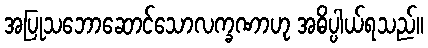
အပြုသဘောဆောင်သောလက္ခဏာဟု အဓိပ္ပါယ်ရသည်။